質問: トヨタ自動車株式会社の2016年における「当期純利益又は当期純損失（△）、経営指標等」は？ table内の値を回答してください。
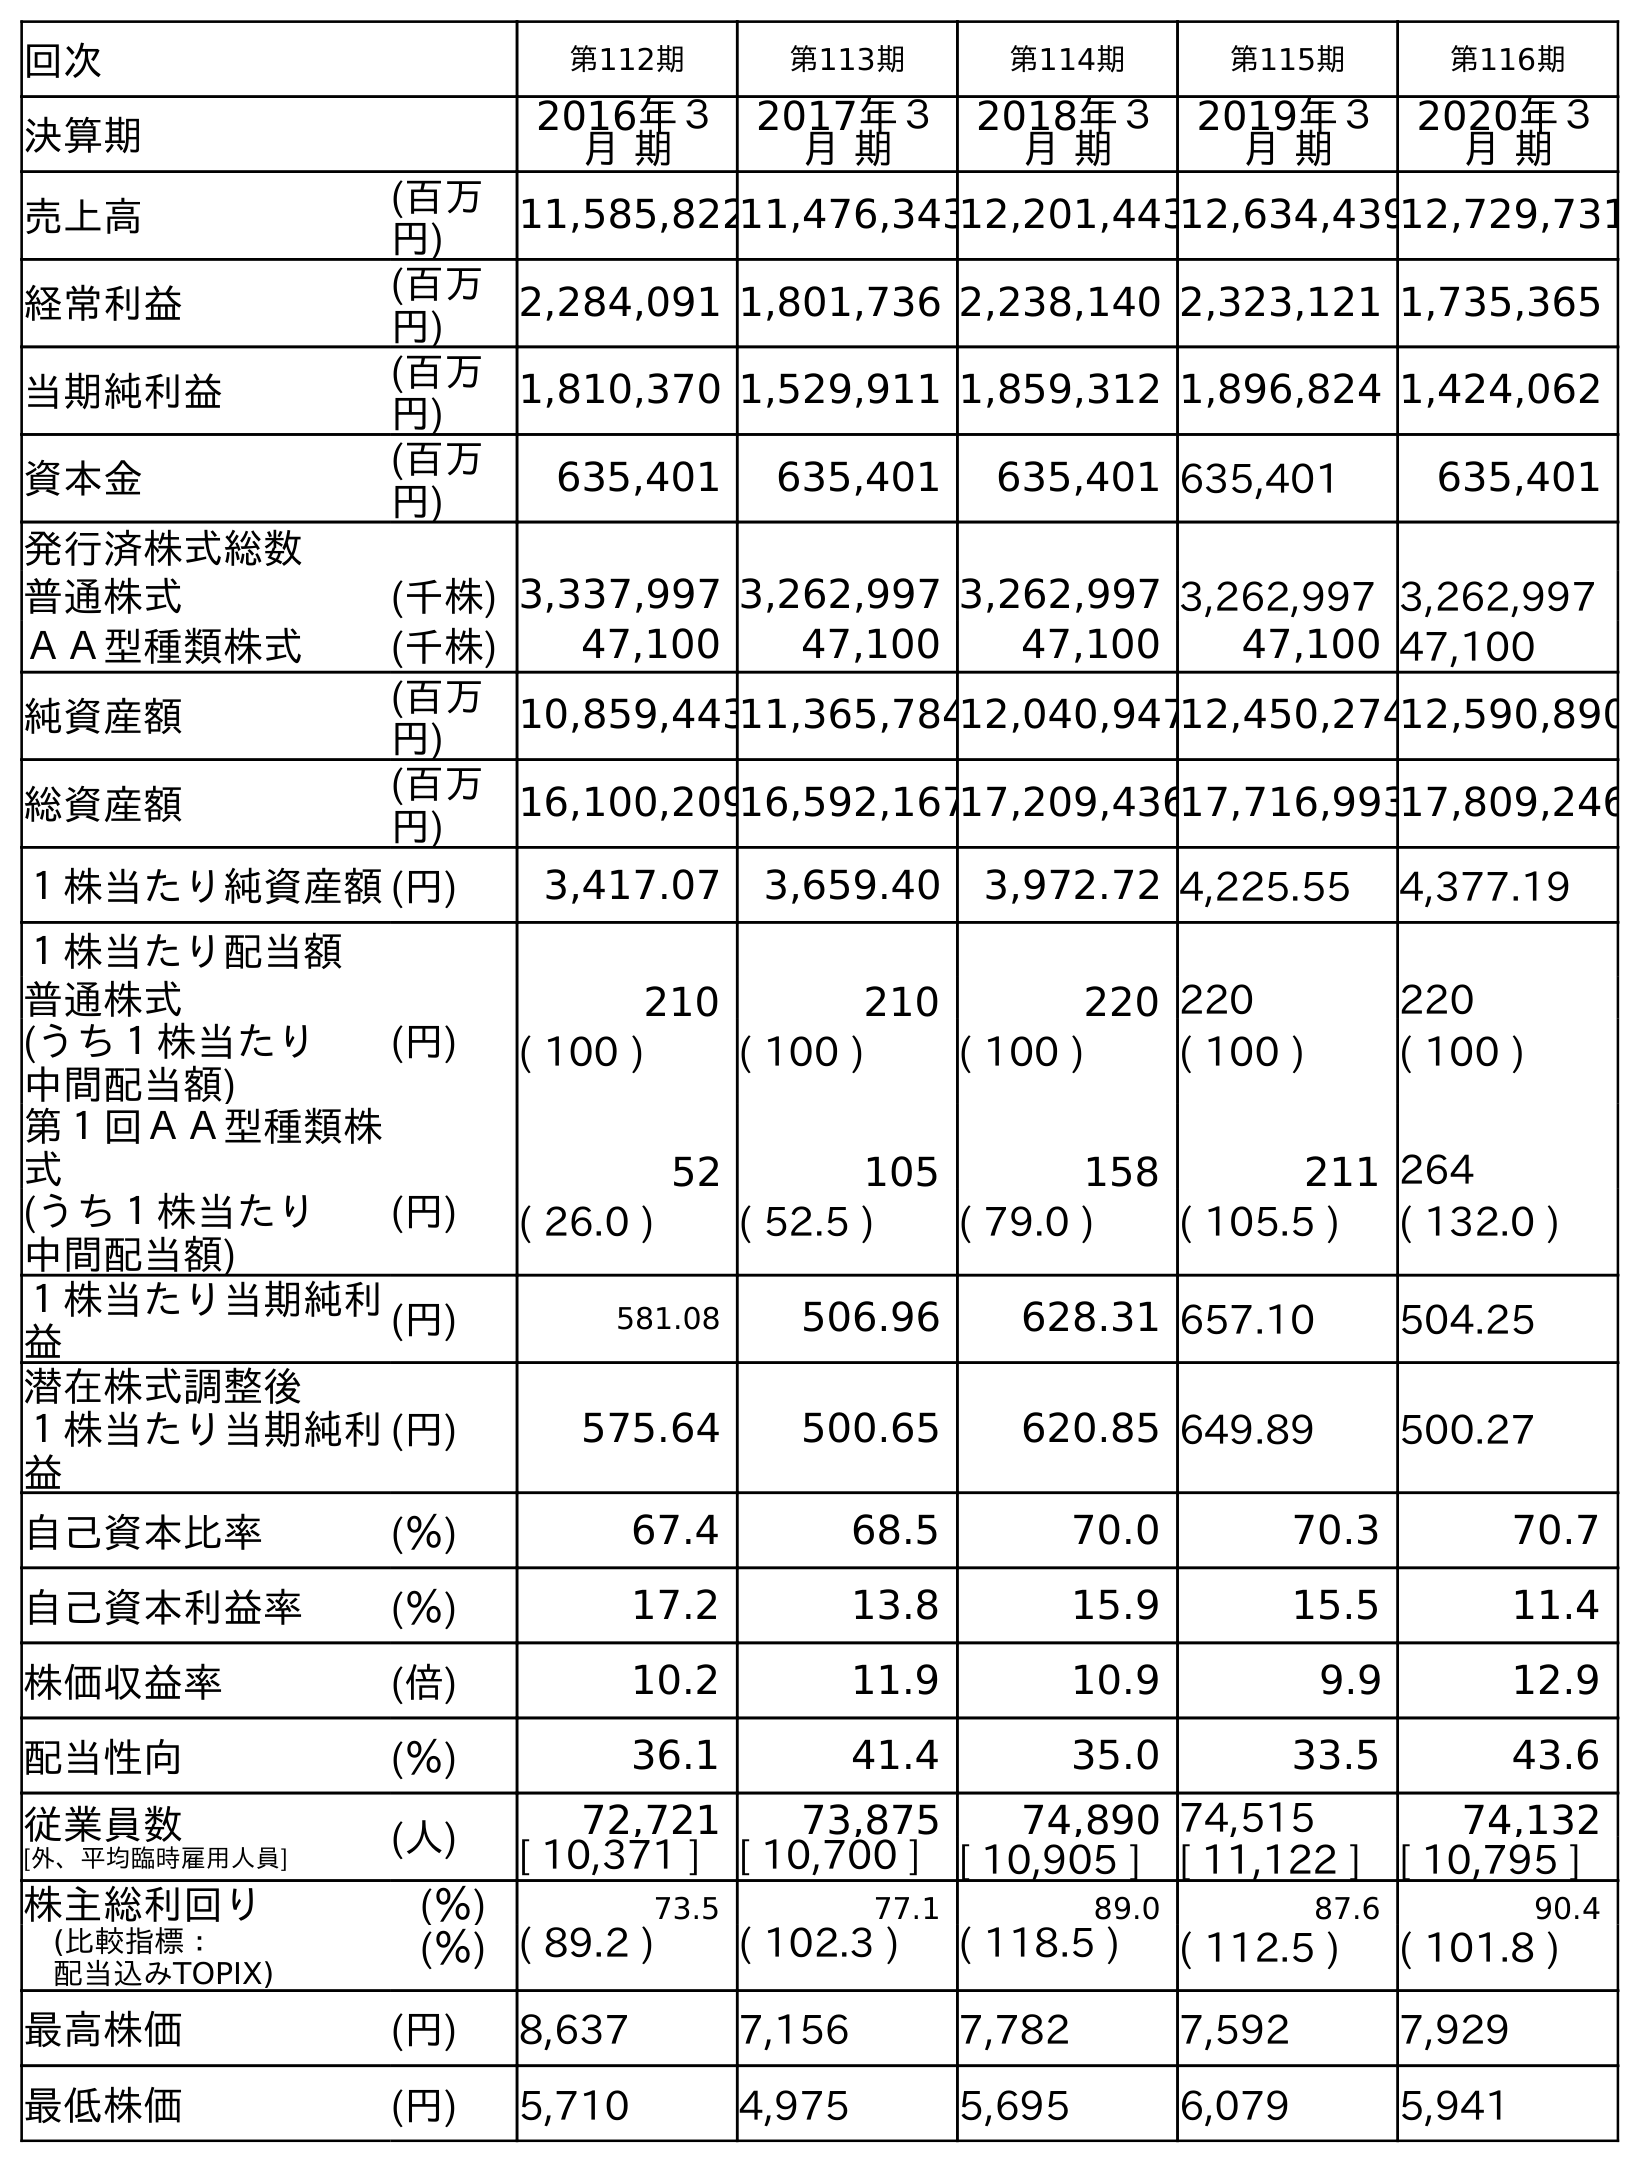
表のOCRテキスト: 回次 第112期 第113期 第114期 第115期 第116期 決算期 2016年３ 月 期 2017年３ 月 期 2018年３ 月 期 2019年３ 月 期 2020年３ 月 期 売上高 (百万 円) 11,585,82211,476,34312,201,44312,634,43912,729,731 経常利益 (百万 円) 2,284,091 1,801,736 2,238,140 2,323,121 1,735,365 当期純利益 (百万 円) 1,810,370 1,529,911 1,859,312 1,896,824 1,424,062 資本金 (百万 円) 635,401 635,401 635,401 635,401 635,401 発行済株式総数 普通株式 (千株) 3,337,997 3,262,997 3,262,997 3,262,997 3,262,997 ＡＡ型種類株式 (千株) 47,100 47,100 47,100 47,100 47,100 純資産額 (百万 円) 10,859,44311,365,78412,040,94712,450,27412,590,890 総資産額 (百万 円) 16,100,20916,592,16717,209,43617,716,99317,809,246 １株当たり純資産額(円) 3,417.07 3,659.40 3,972.72 4,225.55 4,377.19 １株当たり配当額 普通株式 (円) 210 210 220 220 220 (うち１株当たり 中間配当額) ( 100 ) ( 100 ) ( 100 ) ( 100 ) ( 100 ) 第１回ＡＡ型種類株 式 52 105 158 211 264 (うち１株当たり 中間配当額) (円) ( 26.0 ) ( 52.5 ) ( 79.0 ) ( 105.5 ) ( 132.0 ) １株当たり当期純利 益 (円) 581.08 506.96 628.31 657.10 504.25 潜在株式調整後 １株当たり当期純利 益 (円) 575.64 500.65 620.85 649.89 500.27 自己資本比率 (％) 67.4 68.5 70.0 70.3 70.7 自己資本利益率 (％) 17.2 13.8 15.9 15.5 11.4 株価収益率 (倍) 10.2 11.9 10.9 9.9 12.9 配当性向 (％) 36.1 41.4 35.0 33.5 43.6 従業員数 [外、平均臨時雇用人員] (人) 72,721 73,875 74,890 74,515 74,132 [ 10,371 ] [ 10,700 ] [ 10,905 ] [ 11,122 ] [ 10,795 ] 株主総利回り (％) 73.5 77.1 89.0 87.6 90.4 (比較指標： 配当込みTOPIX) (％) ( 89.2 ) ( 102.3 ) ( 118.5 ) ( 112.5 ) ( 101.8 ) 最高株価 (円) 8,637 7,156 7,782 7,592 7,929 最低株価 (円) 5,710 4,975 5,695 6,079 5,941
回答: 1,810,370